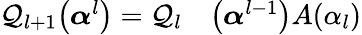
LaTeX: \begin{array}{rl}{\mathcal{Q}_{l+1}\big(\boldsymbol{\alpha}^{l}\big)=\mathcal{Q}_{l}}&{{}\big(\boldsymbol{\alpha}^{l-1}\big)A(\alpha_{l})}\end{array}